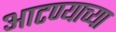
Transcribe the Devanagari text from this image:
आटण्याच्या